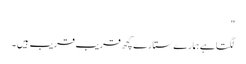
"
لگتا ہے ہمارے ستارے کچھ قریب قریب ہیں ۔